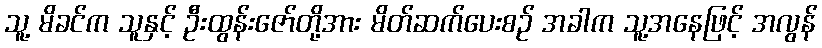
သူ့ မိခင်က သူနှင့် ဦးထွန်းဇော်တို့အား မိတ်ဆက်ပေးစဉ် အခါက သူ့အနေဖြင့် အလွန်